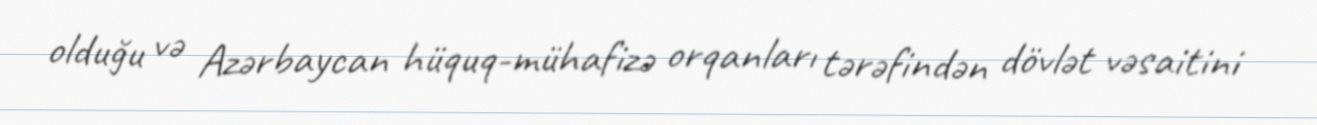
olduğu və Azərbaycan hüquq-mühafizə orqanları tərəfindən dövlət vəsaitini